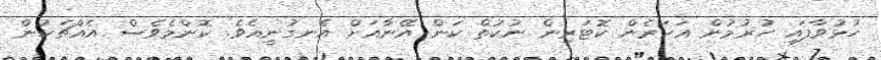
ހުޅުވާފައި ހުރުމުން އަހަރެން ކޮޓަރިން ނުކުތް ކަން އޭނާއަށް އެނގުނީއެވެ. ކޮންމެވެސް އެއްޗަކުން